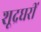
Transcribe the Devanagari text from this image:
शूद्रघरीं